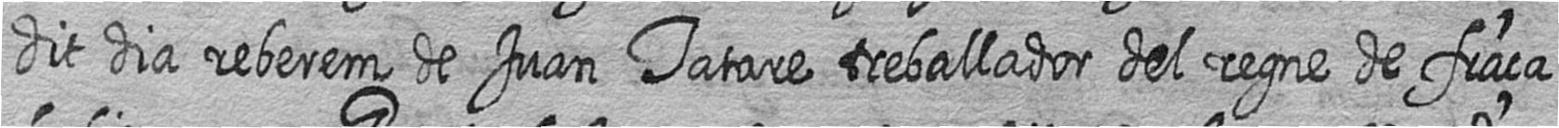
dit dia reberem de Juan Tatare treballador del regne de fraça